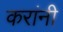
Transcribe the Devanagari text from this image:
करांनी